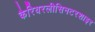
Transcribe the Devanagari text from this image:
कैरियरलीसिनटरशाइर